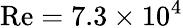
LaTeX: \mathrm{Re}=7.3\times 10^{4}